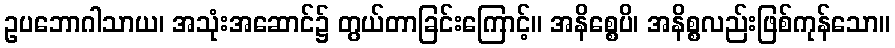
ဥပဘောဂါသာယ၊ အသုံးအဆောင်၌ တွယ်တာခြင်းကြောင့်။ အနိစ္စေပိ၊ အနိစ္စလည်းဖြစ်ကုန်သော။